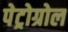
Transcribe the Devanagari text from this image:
पेट्रोग्रोल